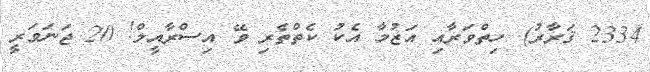
2334 ޤަރާރު). ހިތްވަރާއި އަޒުމާ އެކު ކެތްތެރި ވޭ އިސްރާއީލް! 20 ޖަނަވަރީ